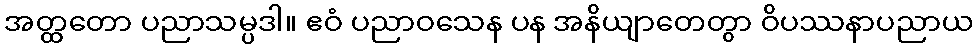
အတ္ထတော ပညာသမ္ပဒါ။ ဧဝံ ပညာဝသေန ပန အနိယျာတေတွာ ဝိပဿနာပညာယ